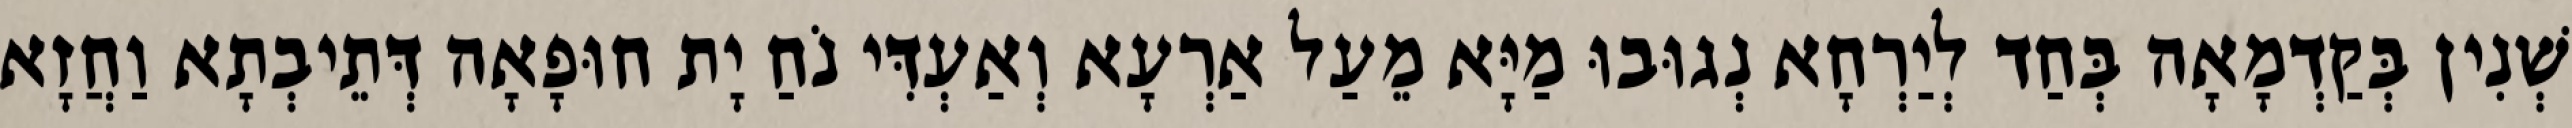
שְׁנִין בְּקַדְמָאָה בְּחַד לְיַרְחָא נְגוּבוּ מַיָּא מֵעַל אַרְעָא וְאַעְדִּי נֹחַ יָת חוּפָאָה דְּתֵיבְתָא וַחֲזָא